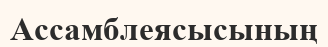
Ассамблеясысының